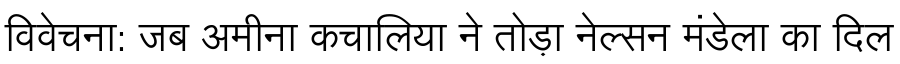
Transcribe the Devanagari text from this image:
विवेचना: जब अमीना कचालिया ने तोड़ा नेल्सन मंडेला का दिल